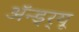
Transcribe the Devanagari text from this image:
अॅन्ड्र्यू